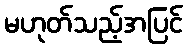
မဟုတ်သည့်အပြင်